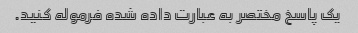
یک پاسخ مختصر به عبارت داده شده فرموله کنید.